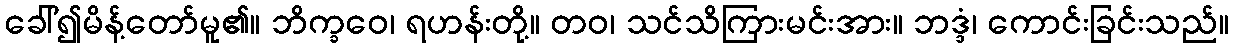
ခေါ်၍မိန့်တော်မူ၏။ ဘိက္ခဝေ၊ ရဟန်းတို့။ တဝ၊ သင်သိကြားမင်းအား။ ဘဒ္ဒံ၊ ကောင်းခြင်းသည်။